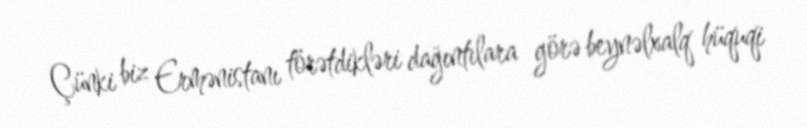
Çünki biz Ermənistanı törətdikləri dağıntılara görə beynəlxalq hüquqi